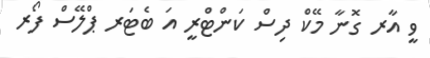
ވީ އާރ ގޮނާ މޭކް ދިސް ކަންޓްރީ އަ ބެޓަރ ޕްލޭސް ފޯރ